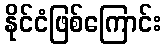
နိုင်ငံဖြစ်ကြောင်း